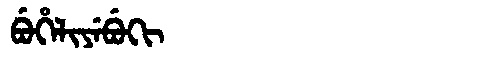
Manchu: ᠪᡠᡥᡝᠯᡳᠶᡝᠪᡠᡴᡳ
Romanization: BUHELIYEBUKI